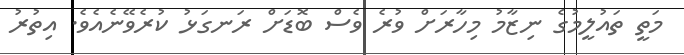
މަތީ ތައުލީމުގެ ނިޒާމު މިހާރަށް ވުރެ ވެސް ބޮޑަށް ރަނގަޅު ކުރެވޭނެއެވެ. އިތުރު